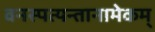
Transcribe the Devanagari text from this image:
वनस्पत्यन्तानामेकम्